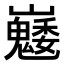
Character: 𡿆